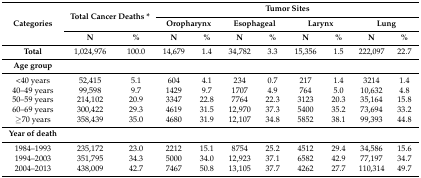
<table><thead><tr><td rowspan="3"><b>Categories</b></td><td rowspan="2" colspan="2"><b>Total Cancer Deaths *</b></td><td colspan="8"><b>Tumor Sites</b></td></tr><tr><td colspan="2"><b>Oropharynx</b></td><td colspan="2"><b>Esophageal</b></td><td colspan="2"><b>Larynx</b></td><td colspan="2"><b>Lung</b></td></tr><tr><td><b>N</b></td><td><b>%</b></td><td><b>N</b></td><td><b>%</b></td><td><b>N</b></td><td><b>%</b></td><td><b>N</b></td><td><b>%</b></td><td><b>N</b></td><td><b>%</b></td></tr></thead><tbody><tr><td><b>Total</b></td><td>1,024,976</td><td>100.0</td><td>14,679</td><td>1.4</td><td>34,782</td><td>3.3</td><td>15,356</td><td>1.5</td><td>222,097</td><td>22.7</td></tr><tr><td><b>Age group</b></td><td></td><td></td><td></td><td></td><td></td><td></td><td></td><td></td><td></td><td></td></tr><tr><td>&lt;40 years</td><td>52,415</td><td>5.1</td><td>604</td><td>4.1</td><td>234</td><td>0.7</td><td>217</td><td>1.4</td><td>3214</td><td>1.4</td></tr><tr><td>40–49 years</td><td>99,598</td><td>9.7</td><td>1429</td><td>9.7</td><td>1707</td><td>4.9</td><td>764</td><td>5.0</td><td>10,632</td><td>4.8</td></tr><tr><td>50–59 years</td><td>214,102</td><td>20.9</td><td>3347</td><td>22.8</td><td>7764</td><td>22.3</td><td>3123</td><td>20.3</td><td>35,164</td><td>15.8</td></tr><tr><td>60–69 years</td><td>300,422</td><td>29.3</td><td>4619</td><td>31.5</td><td>12,970</td><td>37.3</td><td>5400</td><td>35.2</td><td>73,694</td><td>33.2</td></tr><tr><td>≥70 years</td><td>358,439</td><td>35.0</td><td>4680</td><td>31.9</td><td>12,107</td><td>34.8</td><td>5852</td><td>38.1</td><td>99,393</td><td>44.8</td></tr><tr><td><b>Year of death</b></td><td></td><td></td><td></td><td></td><td></td><td></td><td></td><td></td><td></td><td></td></tr><tr><td>1984–1993</td><td>235,172</td><td>23.0</td><td>2212</td><td>15.1</td><td>8754</td><td>25.2</td><td>4512</td><td>29.4</td><td>34,586</td><td>15.6</td></tr><tr><td>1994–2003</td><td>351,795</td><td>34.3</td><td>5000</td><td>34.0</td><td>12,923</td><td>37.1</td><td>6582</td><td>42.9</td><td>77,197</td><td>34.7</td></tr><tr><td>2004–2013</td><td>438,009</td><td>42.7</td><td>7467</td><td>50.8</td><td>13,105</td><td>37.7</td><td>4262</td><td>27.7</td><td>110,314</td><td>49.7</td></tr></tbody></table>